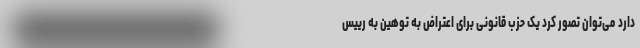
دارد می‌توان تصور کرد یک حزب قانونی برای اعتراض به توهین به رییس